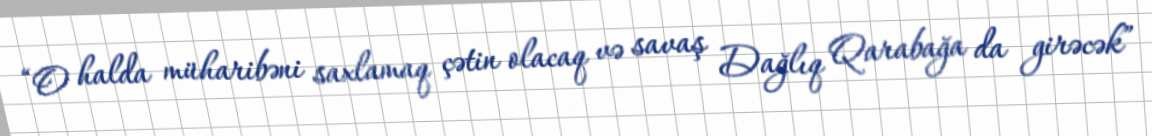
“O halda müharibəni saxlamaq çətin olacaq və savaş Dağlıq Qarabağa da girəcək”